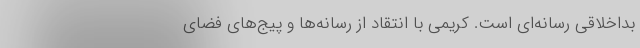
بداخلاقی رسانه‌ای است. کریمی با انتقاد از رسانه‌ها و پیج‌های فضای